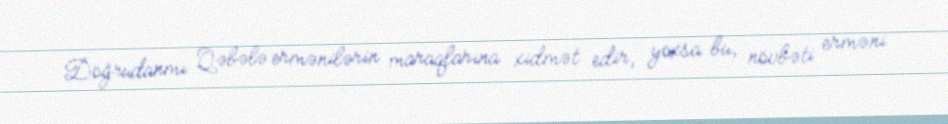
Doğrudanmı Qəbələ ermənilərin maraqlarına xidmət edir, yoxsa bu, növbəti erməni